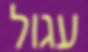
עגול